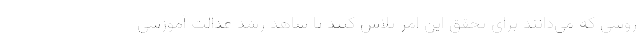
روشی که می‌دانند برای تحقق این امر تلاش کنند تا شاهد رشد عدالت آموزشی